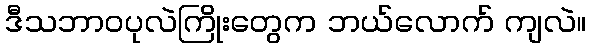
ဒီသဘာဝပုလဲကြိုးတွေက ဘယ်လောက် ကျလဲ။